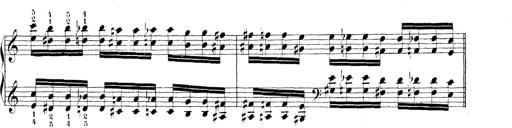
Title: Technische Studien
Composer: Franz Liszt